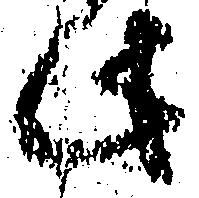
此